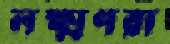
লক্ষ্মণরা